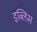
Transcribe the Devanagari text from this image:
इब्लिस